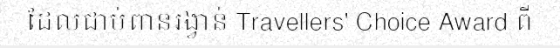
ដែលជាប់ពានរង្វាន់ Travellers' Choice Award ពី